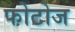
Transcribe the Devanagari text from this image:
फोटोज